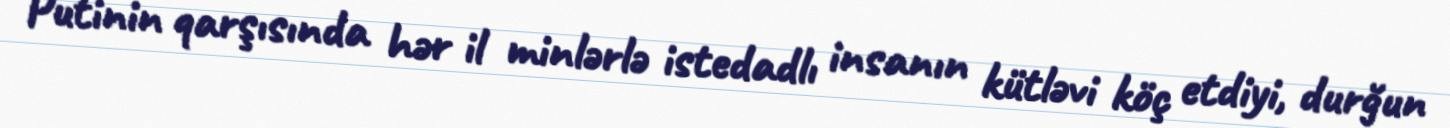
Putinin qarşısında hər il minlərlə istedadlı insanın kütləvi köç etdiyi, durğun